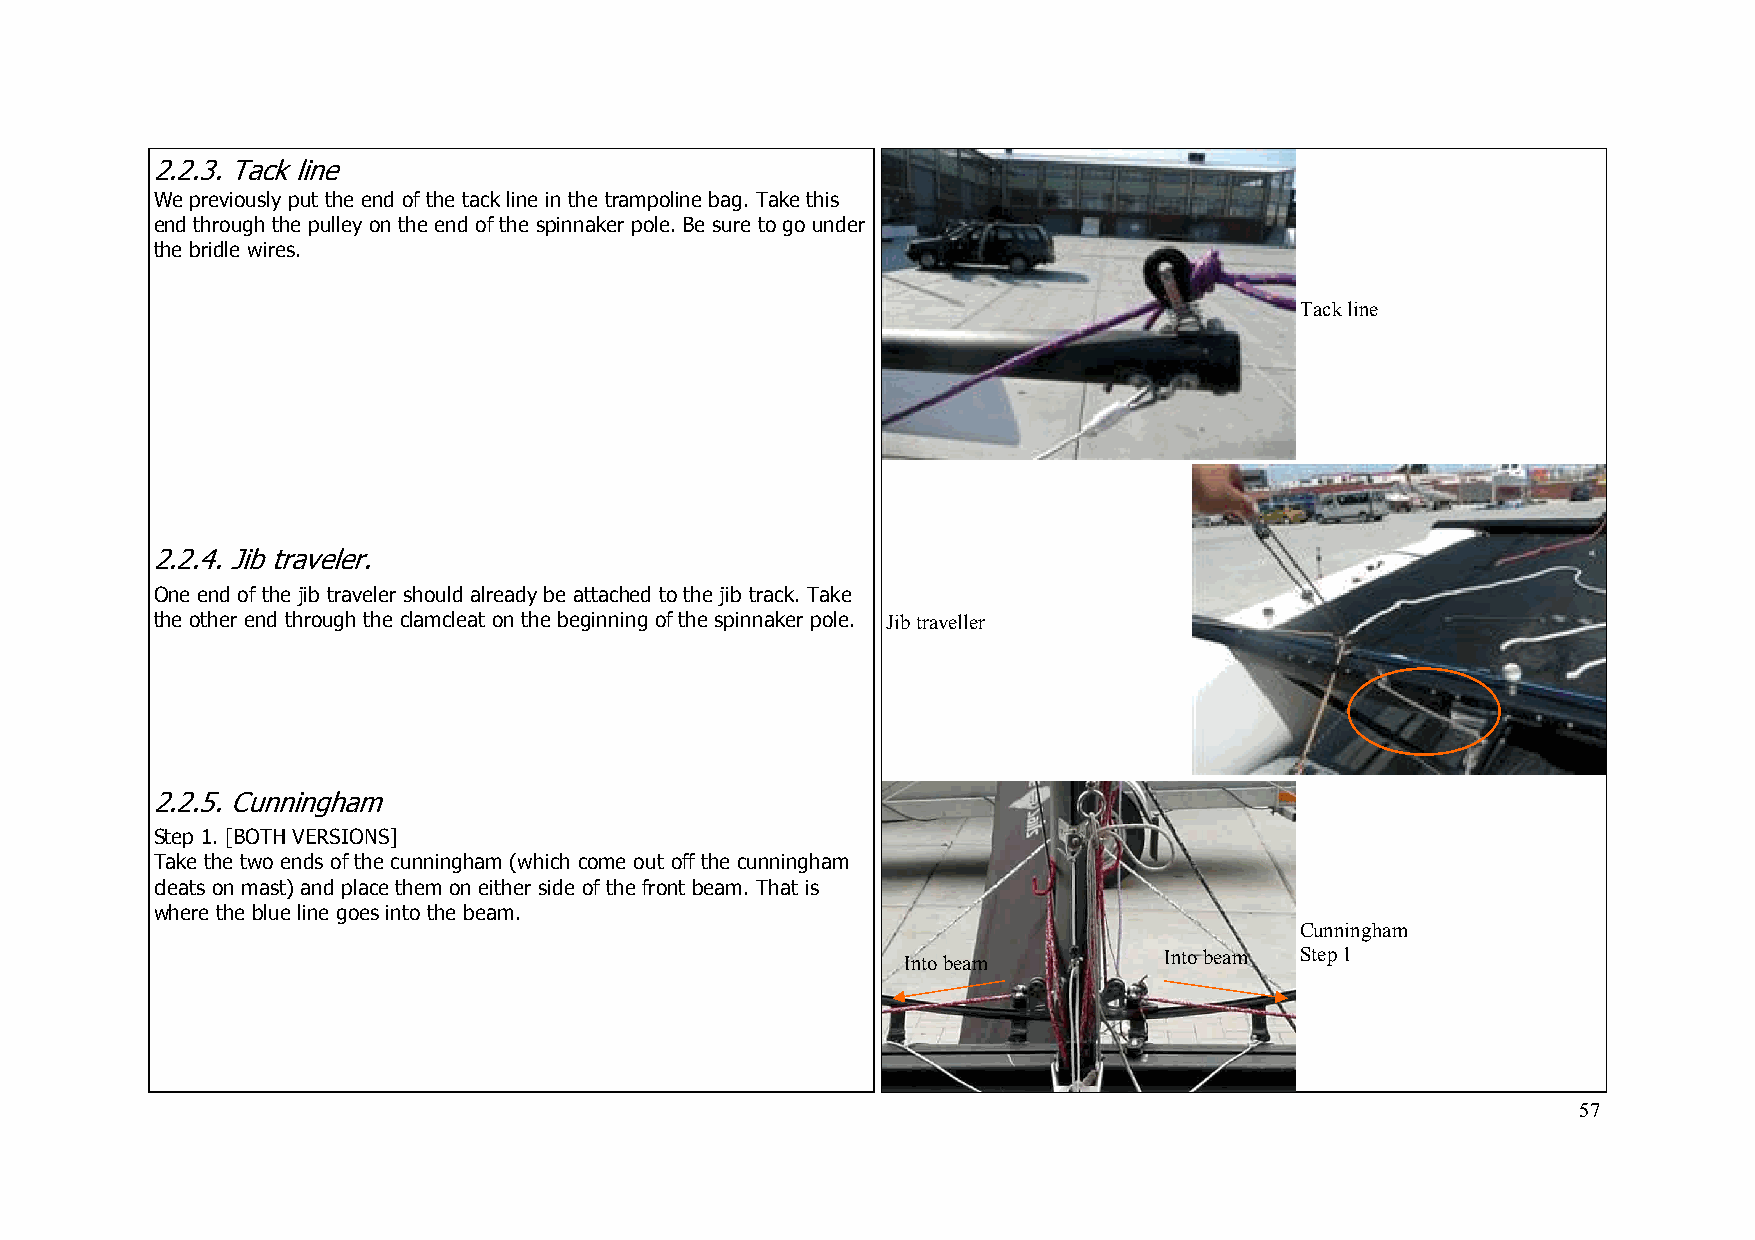
2 .2.3. Tack line
 We previously put the end of the tack line in the trampoline bag. Take this
 end through the pulley on the end of the spinnaker pole. Be sure to go under
 the bridle wires.
 Tack line
 2.2.4. Jib traveler.
 One end of the jib traveler should already be attached to the jib track. Take
 the other end through the clamcleat on the beginning of the spinnaker pole. Jib traveller
 2.2.5. Cunningham
 Step 1. [BOTH VERSIONS]
 Take the two ends of the cunningham (which come out off the cunningham
 cleats on mast) and place them on either side of the front beam. That is
 where the blue line goes into the beam.
 Cunningham
 Into beam        Into beam Step 1
 57